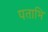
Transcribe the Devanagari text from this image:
पताभि